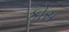
કોસ